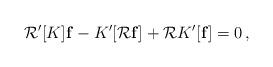
LaTeX: \begin{align*}{\cal R}'[K]{\bf f} - K'[{\cal R}{\bf f}] + {\cal R} K'[{\bf f}] = 0 \,,\end{align*}